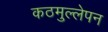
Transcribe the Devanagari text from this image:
कठमुल्लेपन